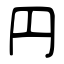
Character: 円